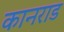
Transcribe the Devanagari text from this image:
कानराड